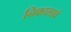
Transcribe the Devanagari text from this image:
निकालावं